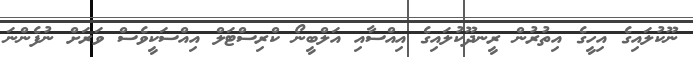
ނޫކުލައިގެ އިހީގެ އިތުރުން ރީނދޫކުލައިގެ އިއްސާއި އަލްބީނޯ ކްރިސްޓަލް އިއްސަކީވެސް ވަރަށް ނުފެންނަ